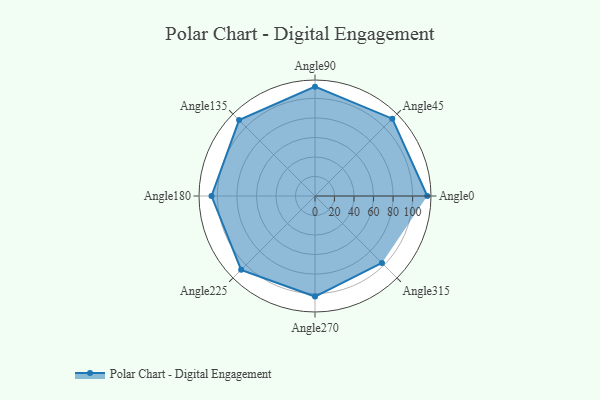
{"axis": {"x": "Angle", "y": "Radius"}, "legend": [""], "data": [{"x": "Angle0", "y": 115.0, "type": ""}, {"x": "Angle45", "y": 112.0, "type": ""}, {"x": "Angle90", "y": 112.0, "type": ""}, {"x": "Angle135", "y": 110.0, "type": ""}, {"x": "Angle180", "y": 106.0, "type": ""}, {"x": "Angle225", "y": 107.0, "type": ""}, {"x": "Angle270", "y": 103.0, "type": ""}, {"x": "Angle315", "y": 97.0, "type": ""}]}